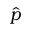
\hat { p }